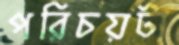
পরিচয়টা